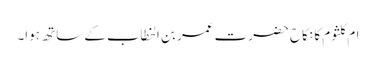
ام کلثوم کا نکاح حضرت عمر بن الخطاب کے ساتھ ہوا۔